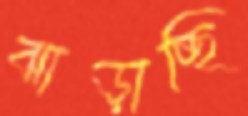
ঝাড়াচ্ছি